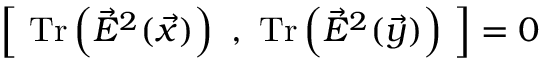
\left[ ~ \mathrm { T r } \left( { \vec { E } } ^ { 2 } ( \vec { x } ) \right) ~ , ~ \mathrm { T r } \left( { \vec { E } } ^ { 2 } ( \vec { y } ) \right) ~ \right] = 0